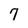
Character: 7